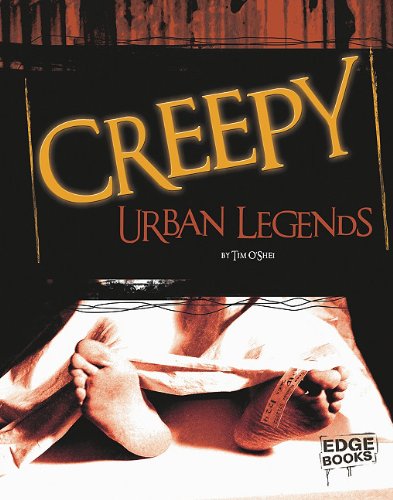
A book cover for Creepy Urban Legends (Scary Stories); Tim O'Shei; Humor & Entertainment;